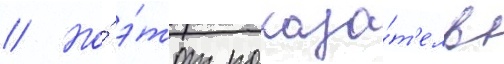
// Но́ э́тот показа́т'ель